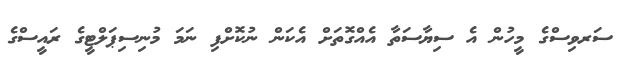
ސަރވިސްގެ މީހުން އެ ސިޔާސަތާ އެއްގޮތަށް އެކަން ނުކޮށްފި ނަމަ މުނިސިޕަލްޓީގެ ރައީސްގެ